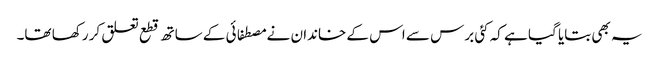
یہ بھی بتایا گیا ہے کہ کئی برس سے اس کے خاندان نے مصطفائی کے ساتھ قطع تعلق کر رکھا تھا۔